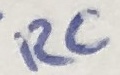
Text: RC